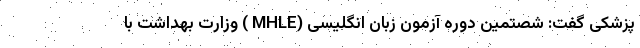
پزشکی گفت: شصتمین دوره آزمون زبان انگلیسی (MHLE ) وزارت بهداشت با